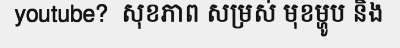
youtube?  សុខភាព សម្រស់ មុខម្ហូប និង